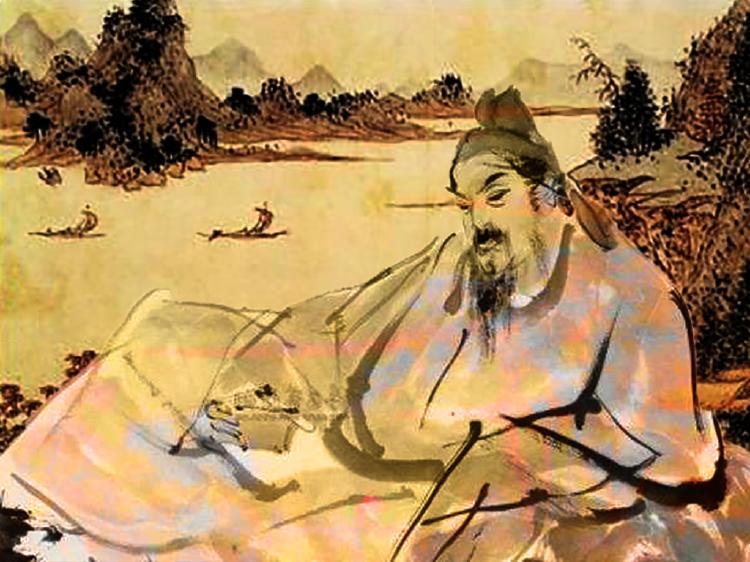
却恨悲风时起，冉冉云间新雁，边马怨胡笳。